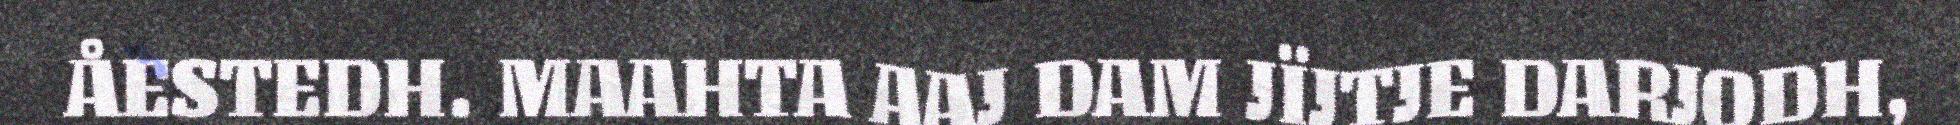
ÅESTEDH. MAAHTA AAJ DAM JÏJTJE DARJODH,